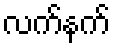
လက်နက်